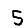
Digit: 5